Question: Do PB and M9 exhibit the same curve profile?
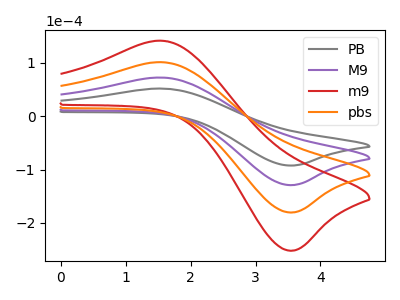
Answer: <think>The gray curve "PB" has an anodic peak at (1.55V, 51.90uA) and a cathodic peak at (3.50V, -92.30uA). The purple curve "M9" has an anodic peak at (1.55V, 72.50uA) and a cathodic peak at (3.50V, -128.95uA). The red curve "m9" has an anodic peak at (1.55V, 217.50uA) and a cathodic peak at (3.50V, -386.85uA). The orange curve "pbs" has an anodic peak at (1.55V, 145.00uA) and a cathodic peak at (3.50V, -257.90uA).
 All the peaks in "PB" have a peak in "M9" at the same potential. Every peak in "PB" is lower than every peak in "M9".</think>
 <answer>"PB" and "M9" are similar in shape.</answer>
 <eval>same_shape</eval>